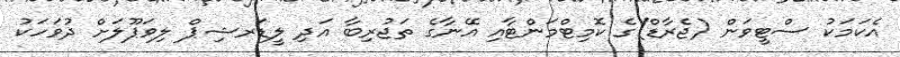
އެކަމަކު ސްޓީވަން (ޖެރާޑް)ގެ ކޮމިޓްމަންޓާއި އޭނާގެ ތަޖުރިބާ އަދި ލީޑަރޝިޕް ލިވަޕޫލަށް ދުވަހަކު